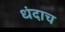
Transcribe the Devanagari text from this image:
धंदाच